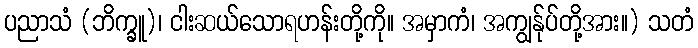
ပညာသံ (ဘိက္ခူ)၊ ငါးဆယ်သောရဟန်းတို့ကို။ အမှာကံ၊ အကျွန်ုပ်တို့အား။) သတံ